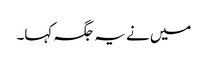
میں نے یہ جگہ کہا۔